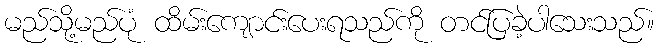
မည်သို့မည်ပုံ ထိမ်းကျောင်းပေးရသည်ကို တင်ပြခဲ့ပါသေးသည်။